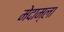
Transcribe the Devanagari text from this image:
मेदाम्ला